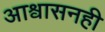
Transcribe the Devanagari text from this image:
आश्वासनही